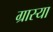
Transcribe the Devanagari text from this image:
ग्रास्या